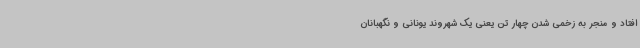
افتاد و منجر به زخمی شدن چهار تن یعنی یک شهروند یونانی و نگهبانان